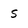
Character: s